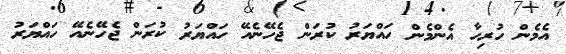
އެމެން ހުރިހާ އެންމެން ހައްޔަރު ކުރަން ޖެހޭނެއޭ ހައްޔަރު ކުރަން ޖެހޭނެއޭ ހައްޔަރު